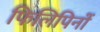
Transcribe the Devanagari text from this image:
फिलिपिनों